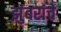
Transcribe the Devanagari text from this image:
झुंबरांचे